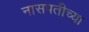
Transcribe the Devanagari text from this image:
नासपतीच्या